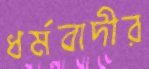
ধর্মবাদীর